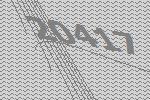
20417